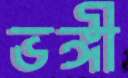
ভঙ্গী